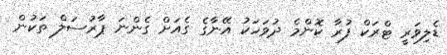
ޑެލިވަރީ ޓްރަކް ފުރާ ކޮންމެ ދުވަހަކު އޭނާގެ ގެއަށް ގެންނަ ޕާރުސަލް ތަކުން